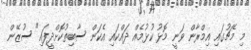
މި މެޗުގައި އިމްރާން ވަނީ މޮޅު ކުޅުމެއް ދައްކައި އެކަން ސާބިތުކޮށްދީފައި" ސުޒޭން